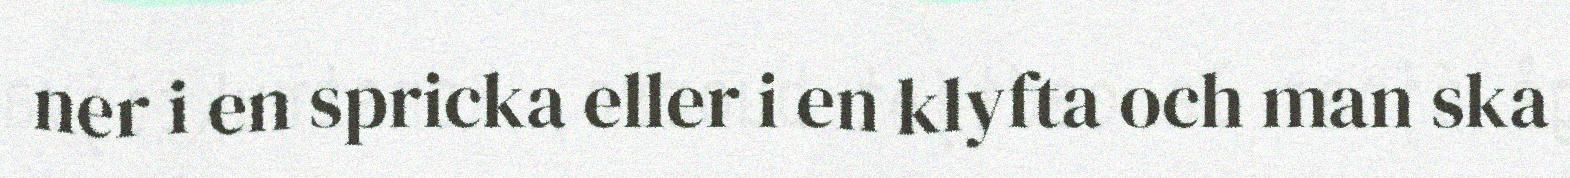
ner i en spricka eller i en klyfta och man ska